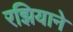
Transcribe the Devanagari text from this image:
रझियाने